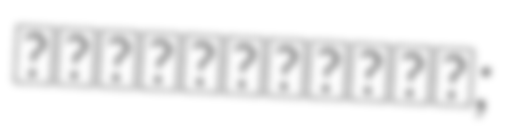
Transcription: დადუნაშვილი;